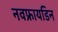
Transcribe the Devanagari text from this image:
नवफ्रायडिन